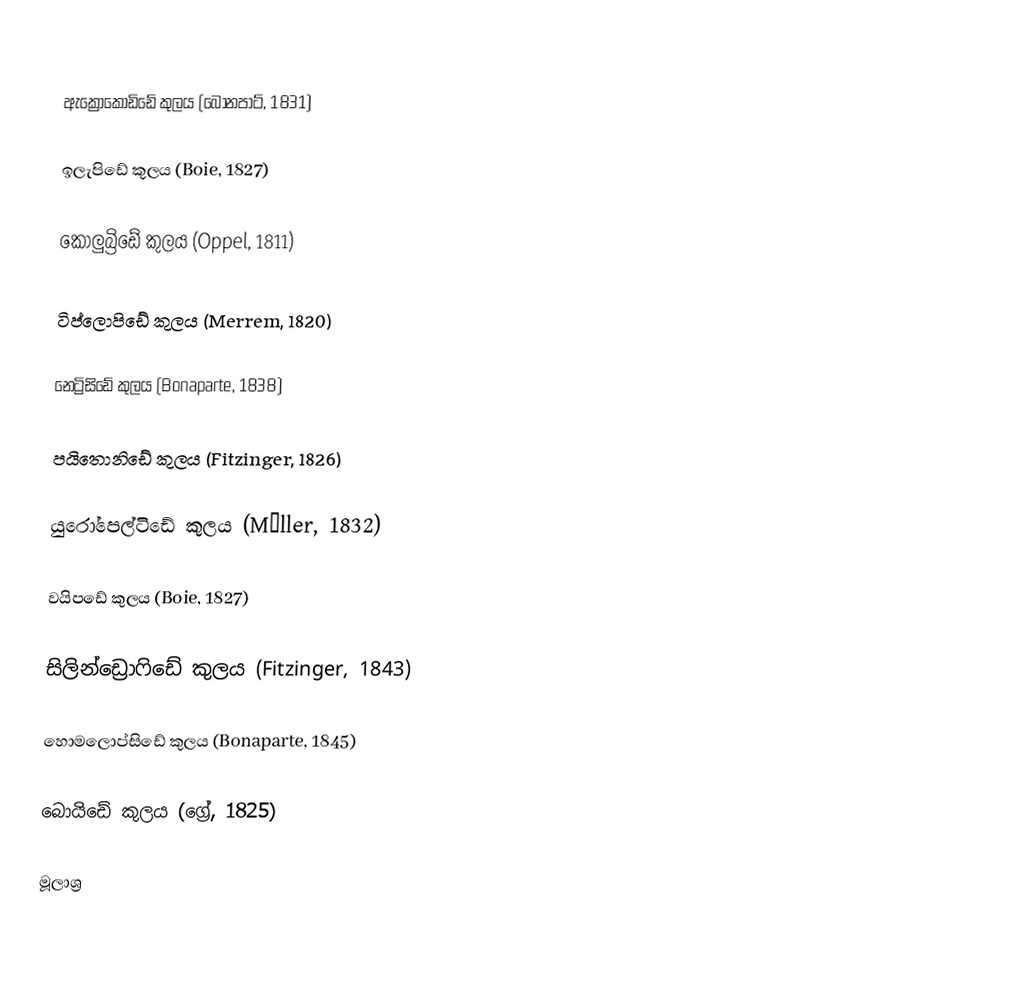

ඇක්‍රොකොඩිඩේ කුලය (බොනපාට්, 1831)

ඉලැපිඩේ කුලය (Boie, 1827)

කොලුබ්‍රිඩේ කුලය (Oppel, 1811)

ටිප්ලොපිඩේ කුලය (Merrem, 1820)

නෙට්‍රිසිඩේ කුලය (Bonaparte, 1838)

පයිතොනිඩේ කුලය (Fitzinger, 1826)

යුරෝපෙල්ටිඩේ කුලය (Műller, 1832)

වයිපඩේ කුලය (Boie, 1827)

සිලින්ඩ්‍රොෆිඩේ කුලය (Fitzinger, 1843)

හොමලොප්සිඩේ කුලය (Bonaparte, 1845)

බොයිඩේ කුලය (ග්‍රේ, 1825)

මූලාශ්‍ර